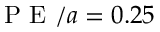
\textrm { P E } / a = 0 . 2 5